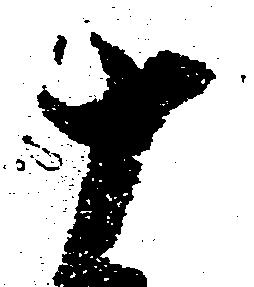
十